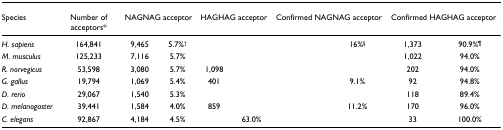
<table><thead><tr><td><b>Species</b></td><td><b>Number of acceptors*</b></td><td colspan="2"><b>NAGNAG acceptor</b></td><td colspan="2"><b>HAGHAG acceptor</b></td><td colspan="2"><b>Confirmed NAGNAG acceptor</b></td><td colspan="2"><b>Confirmed HAGHAG acceptor</b></td></tr></thead><tbody><tr><td><i>H. sapiens</i></td><td>164,841</td><td>9,465</td><td>5.7%<sup>†</sup></td><td>[EMPTY_CELL]</td><td>[EMPTY_CELL]</td><td>[EMPTY_CELL]</td><td>16%<sup>§</sup></td><td>1,373</td><td>90.9%<sup>¶</sup></td></tr><tr><td><i>M. musculus</i></td><td>125,233</td><td>7,116</td><td>5.7%</td><td>[EMPTY_CELL]</td><td>[EMPTY_CELL]</td><td>[EMPTY_CELL]</td><td>[EMPTY_CELL]</td><td>1,022</td><td>94.0%</td></tr><tr><td><i>R. norvegicus</i></td><td>53,598</td><td>3,080</td><td>5.7%</td><td>1,098</td><td>[EMPTY_CELL]</td><td>[EMPTY_CELL]</td><td>[EMPTY_CELL]</td><td>202</td><td>94.0%</td></tr><tr><td><i>G. gallus</i></td><td>19,794</td><td>1,069</td><td>5.4%</td><td>401</td><td>[EMPTY_CELL]</td><td>[EMPTY_CELL]</td><td>9.1%</td><td>92</td><td>94.8%</td></tr><tr><td><i>D. rerio</i></td><td>29,067</td><td>1,540</td><td>5.3%</td><td>[EMPTY_CELL]</td><td>[EMPTY_CELL]</td><td>[EMPTY_CELL]</td><td>[EMPTY_CELL]</td><td>118</td><td>89.4%</td></tr><tr><td><i>D. melanogaster</i></td><td>39,441</td><td>1,584</td><td>4.0%</td><td>859</td><td>[EMPTY_CELL]</td><td>[EMPTY_CELL]</td><td>11.2%</td><td>170</td><td>96.0%</td></tr><tr><td><i>C. elegans</i></td><td>92,867</td><td>4,184</td><td>4.5%</td><td>[EMPTY_CELL]</td><td>63.0%</td><td>[EMPTY_CELL]</td><td>[EMPTY_CELL]</td><td>33</td><td>100.0%</td></tr></tbody></table>